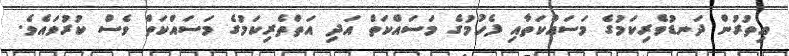
އިތުރުން ދަނޑުވެރިކަމުގެ މަސައްކަތާއި ފެހުމުގެ މަސައްކަތް އަދި އަތްތެރިކަމުގެ މަސައްކަތް ވެސް ކުރުވައެވެ.